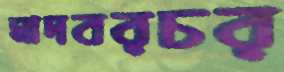
মাদবরচর